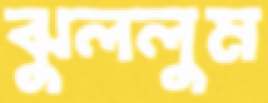
ঝুললুম